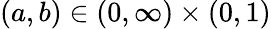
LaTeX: (a,b)\in(0,\infty)\times(0,1)